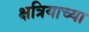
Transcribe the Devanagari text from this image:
क्षत्रियाच्या